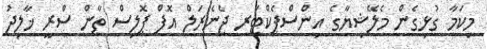
މިކަމާ ގުޅިގެން މެލޭޝިޔާގެ އިންސްޕެކްޓަރ ޖެނެރަލް އޮފް ޕޮލިސް ތާން ސްރީ ޚާލިދު